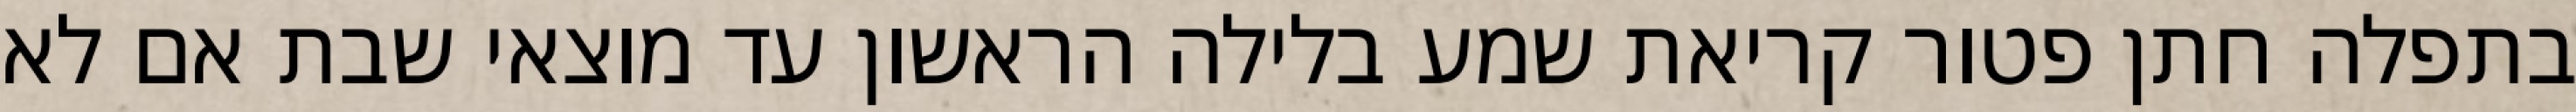
בתפלה חתן פטור קריאת שמע בלילה הראשון עד מוצאי שבת אם לא